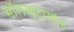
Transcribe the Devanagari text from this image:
सॉलब्यूटामॉल